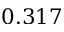
0 . 3 1 7